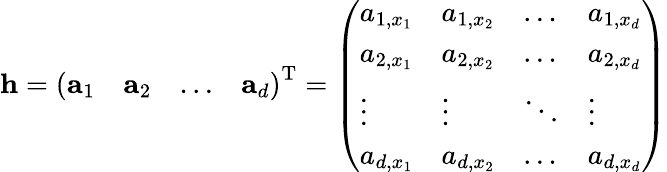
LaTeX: \mathbf{h}={\left(\begin{array}{llll}{\mathbf{a}_{1}}&{\mathbf{a}_{2}}&{\dots}&{\mathbf{a}_{d}}\end{array}\right)}^{\operatorname{T}}={\left(\begin{array}{llll}{a_{1,x_{1}}}&{a_{1,x_{2}}}&{\dots}&{a_{1,x_{d}}}\\ {a_{2,x_{1}}}&{a_{2,x_{2}}}&{\dots}&{a_{2,x_{d}}}\\ {\vdots}&{\vdots}&{\ddots}&{\vdots}\\ {a_{d,x_{1}}}&{a_{d,x_{2}}}&{\dots}&{a_{d,x_{d}}}\end{array}\right)}